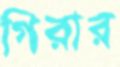
গিরার